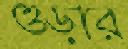
ওড়ার